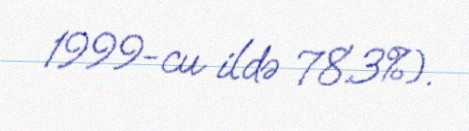
1999-cu ildə 78.3%).